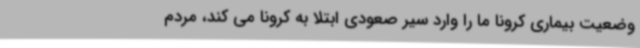
وضعیت بیماری کرونا ما را وارد سیر صعودی ابتلا به کرونا می کند، مردم